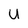
Character: U